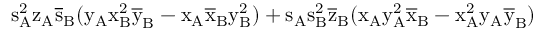
\mathrm { s _ { A } ^ { 2 } \mathrm { z _ { A } \mathrm { \overline { { s } } _ { B } ( \mathrm { y _ { A } \mathrm { x _ { B } ^ { 2 } \mathrm { \overline { { y } } _ { B } - \mathrm { x _ { A } \mathrm { \overline { { x } } _ { B } \mathrm { y _ { B } ^ { 2 } ) + \mathrm { s _ { A } \mathrm { s _ { B } ^ { 2 } \mathrm { \overline { { z } } _ { B } ( \mathrm { x _ { A } \mathrm { y _ { A } ^ { 2 } \mathrm { \overline { { x } } _ { B } - \mathrm { x _ { A } ^ { 2 } \mathrm { y _ { A } \mathrm { \overline { { y } } _ { B } ) } } } } } } } } } } } } } } } } } }